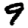
Digit: 9